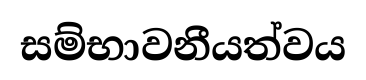
සම්භාවනීයත්වය